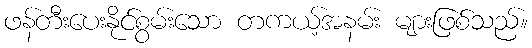
ဖန်တီးပေးနိုင်စွမ်းသော တကယ့်အနမ်း များဖြစ်သည်။